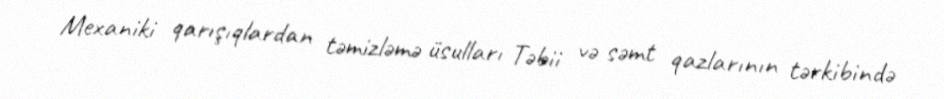
Mexaniki qarışıqlardan təmizləmə üsulları Təbii və səmt qazlarının tərkibində